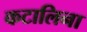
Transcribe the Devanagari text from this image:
कटालिना